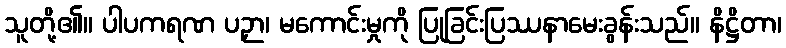
သူတို့၏။ ပါပကရဏ ပဉှာ၊ မကောင်းမှုကို ပြုခြင်းပြဿနာမေးခွန်းသည်။ နိဋ္ဌိတာ၊